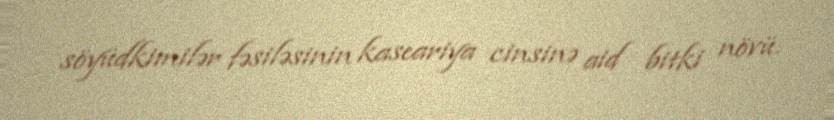
söyüdkimilər fəsiləsinin kaseariya cinsinə aid bitki növü.